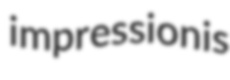
impressionis